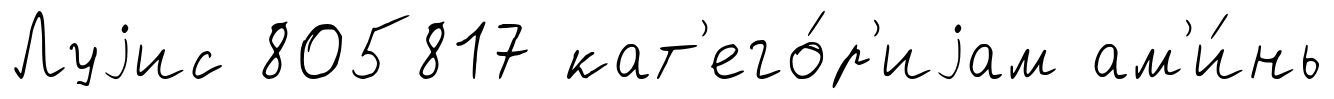
Луjис 805817 кат'его́р'иjам ам'и́нь